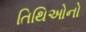
તિથિઓનો